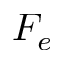
F _ { e }